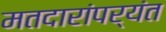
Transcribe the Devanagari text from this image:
मतदारांपर्यंत